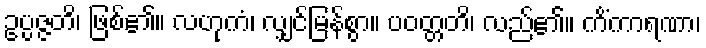
ဥပ္ပဇ္ဇတိ၊ ဖြစ်၏။ လဟုကံ၊ လျှင်မြန်စွာ။ ပဝတ္တတိ၊ လည်၏။ ကိံကာရဏာ၊